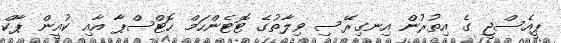
ޕީއެސްޖީ ގެ އިތުރުން އިނގިރޭސި ވިލާތުގެ ޓޮޓެންހަމް ހޮޓްސްޕާ އާއި ކުއީން ޕާކް